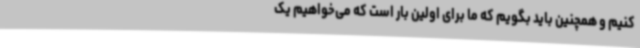
کنیم و همچنین باید بگویم که ما برای اولین بار است که می‌خواهیم یک